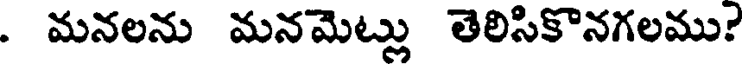
. మనలను మనమెట్లు తెలిసికొనగలము?